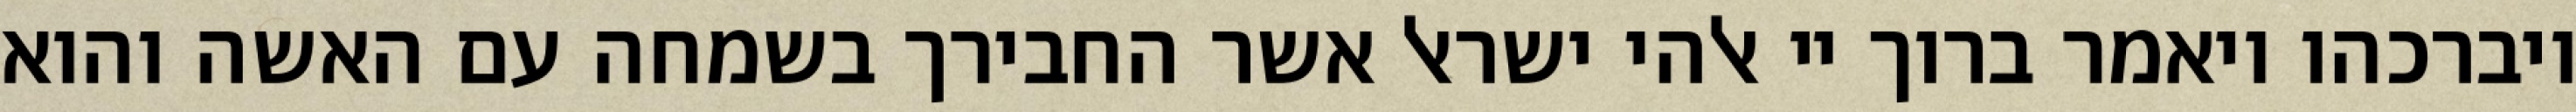
ויברכהו ויאמר ברוך יי אלהי ישראל אשר החבירך בשמחה עם האשה והוא